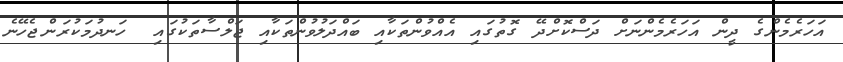
އަހަރެމެންގެ ދީން އަހަރެމެންނަށް ދަސްކޮށްދޭ ގޮތުގައި އެއްވުންތަކާއި ބައްދަލުވުންތަކާއި ޖަލްސާތަކުގައި  ހަނދުމަކުރަންޖެހޭނެ